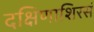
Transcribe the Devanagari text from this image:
दक्षिणाशिरसं